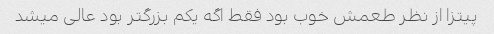
پیتزا از نظر طعمش خوب بود فقط اگه یکم بزرگتر بود عالی میشد